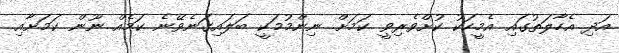
އަދި އެހާލަތުގައި އެމީހަކު ކުށްވެރިވީ ކަމަށް ނިންމުމަކީ ބަލައިގަނެވޭނެ ކަމެއް ނޫން ކަމަށާއި